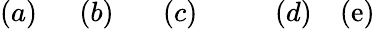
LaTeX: (a)\quad\ \ (b)\quad\ \ \ (c)\qquad\ \ \ (d)\quad(\mathrm{e})